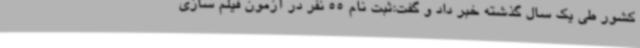
کشور طی یک سال گذشته خبر داد و گفت:ثبت نام 55 نفر در آزمون فیلم سازی